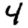
Digit: 4